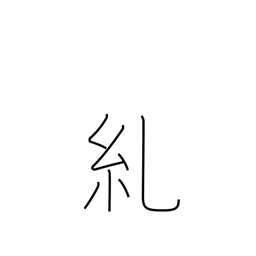
Meaning: twist (rope)